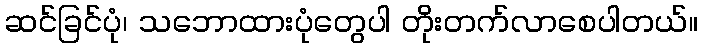
ဆင်ခြင်ပုံ၊ သဘောထားပုံတွေပါ တိုးတက်လာစေပါတယ်။